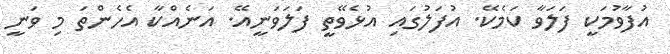
އުފާވުމަކީ ފަލަވާ ކަމެކޭ. އުފަލުގައި އުޅެވޭތީ ފަލަވަނީއޭ. އަނެއްކާ އެހެންތަ މި ވަނީ